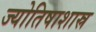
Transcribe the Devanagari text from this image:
ज्योतिषाशास्र